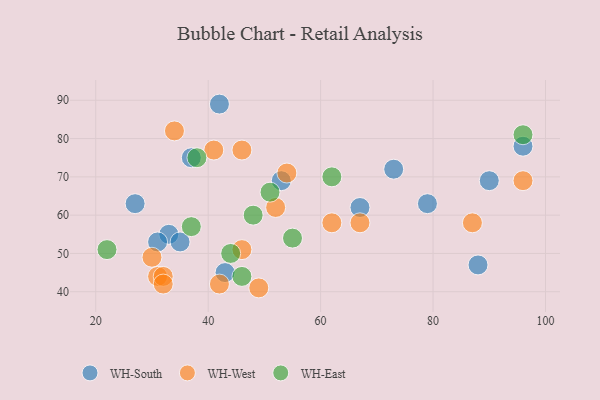
{"axis": {"x": "GDP", "y": "Life Expectancy"}, "legend": ["WH-East", "WH-South", "WH-West"], "data": [{"x": "79", "y": 63, "type": "WH-South"}, {"x": "42", "y": 89, "type": "WH-South"}, {"x": "73", "y": 72, "type": "WH-South"}, {"x": "67", "y": 62, "type": "WH-South"}, {"x": "33", "y": 55, "type": "WH-South"}, {"x": "35", "y": 53, "type": "WH-South"}, {"x": "43", "y": 45, "type": "WH-South"}, {"x": "31", "y": 53, "type": "WH-South"}, {"x": "96", "y": 78, "type": "WH-South"}, {"x": "90", "y": 69, "type": "WH-South"}, {"x": "53", "y": 69, "type": "WH-South"}, {"x": "88", "y": 47, "type": "WH-South"}, {"x": "37", "y": 75, "type": "WH-South"}, {"x": "27", "y": 63, "type": "WH-South"}, {"x": "31", "y": 44, "type": "WH-West"}, {"x": "46", "y": 77, "type": "WH-West"}, {"x": "46", "y": 51, "type": "WH-West"}, {"x": "87", "y": 58, "type": "WH-West"}, {"x": "32", "y": 44, "type": "WH-West"}, {"x": "34", "y": 82, "type": "WH-West"}, {"x": "96", "y": 69, "type": "WH-West"}, {"x": "52", "y": 62, "type": "WH-West"}, {"x": "42", "y": 42, "type": "WH-West"}, {"x": "32", "y": 42, "type": "WH-West"}, {"x": "49", "y": 41, "type": "WH-West"}, {"x": "62", "y": 58, "type": "WH-West"}, {"x": "30", "y": 49, "type": "WH-West"}, {"x": "67", "y": 58, "type": "WH-West"}, {"x": "54", "y": 71, "type": "WH-West"}, {"x": "41", "y": 77, "type": "WH-West"}, {"x": "96", "y": 81, "type": "WH-East"}, {"x": "62", "y": 70, "type": "WH-East"}, {"x": "51", "y": 66, "type": "WH-East"}, {"x": "55", "y": 54, "type": "WH-East"}, {"x": "38", "y": 75, "type": "WH-East"}, {"x": "37", "y": 57, "type": "WH-East"}, {"x": "46", "y": 44, "type": "WH-East"}, {"x": "22", "y": 51, "type": "WH-East"}, {"x": "44", "y": 50, "type": "WH-East"}, {"x": "48", "y": 60, "type": "WH-East"}]}